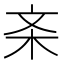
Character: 𱣅